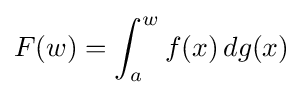
F(w)=\int _{a}^{w}f(x)\,dg(x)